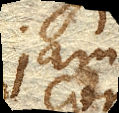
jam